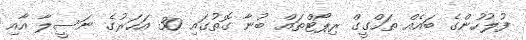
ފުލުހުންގެ ބައެއް ތަހްގީގް ރިޕޯޓްތައް ބުނާ ގޮތުގައި 30 އަހަރުގެ ނަސީލާ އާއި